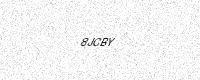
Text: 8JCBY